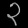
Digit: ၃